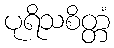
ပုရိသစိတ္တံ